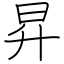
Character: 昇